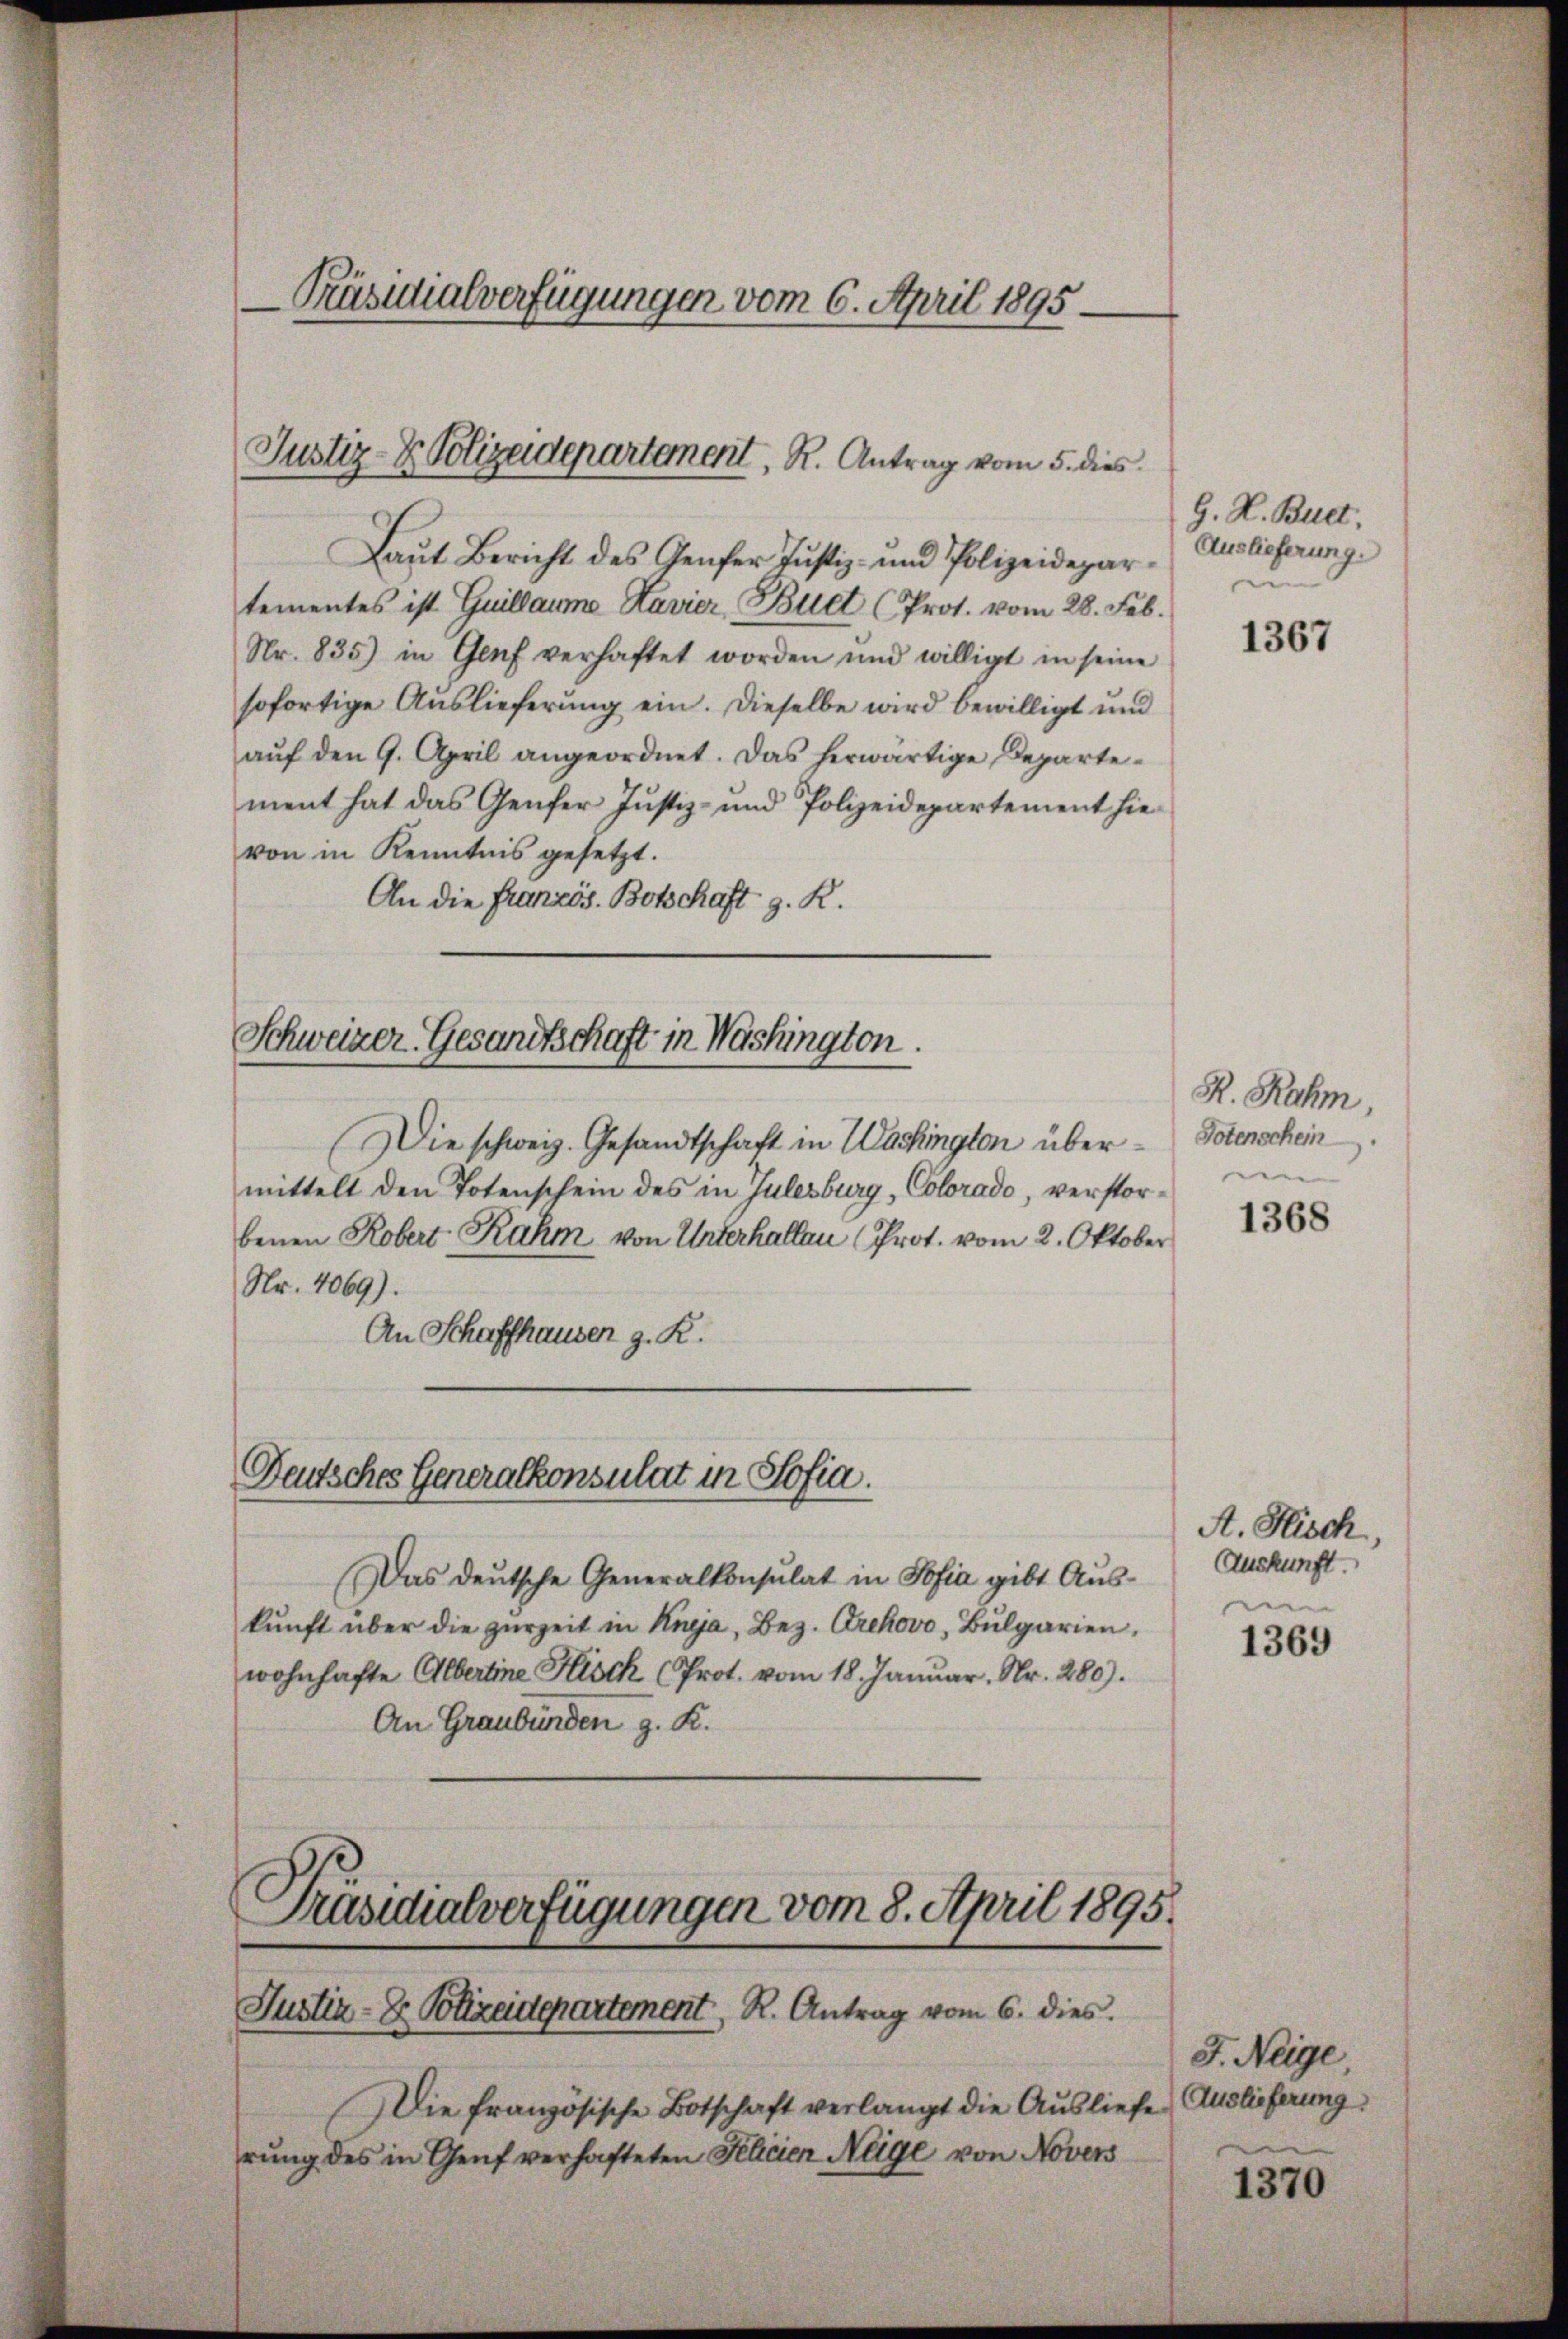
Präsidialverfügungen vom 6. April 1895.

Justiz- & Polizeidepartement. R. Antrag vom 5. dies

Laŭt Bericht des Genfer Justiz- und Polizeidepar-
tementes ist Guillaume Havier (Buet (Prot. vom 28. Feb.
Nr. 835) in Genf verhaftet worden und willigt in seine
sofortige Auslieferung ein. Dieselbe wird bewilligt und
aŭf den 9. April angeordnet. Das herwärtige Departement hat das Genfer Justiz- und Polizeidepartement hievon in Kenntnis gesetzt.
An die Französ. Botschaft g. R.

Schweizer-Gesandtschaft in Washington.

Deutsches Generalkonsulat in Sofia.

Die schweiz. Gesandtschaft in Washington übermittelt den Totenschein des in Julesburg, Colorado, verstorbenen Robert Rahm, von Unterhallen (Prot. vom 2. Oktober
Nr. 4069).
An Schaffhausen z. R.

Das deutsche Generalkonsulat in Sofia gibt Auskŭnft über die zurzeit in Knja, Bez. Grekovo, Bulgarien,
wohnhafte Albertine Hisch (Prot. vom 18. Januar. Nr. 280).
An Graubünden g. K.

Präsidialverfügungen vom 8. April 1895.
Justiz-Dr. Polizeidepartement, R. Antrag vom 6. dies

Die französische Botschaft verlangt die Ausliefe (Auslieferung
rŭng des in Genf verhafteten Felicien Neige von Novers

G. H. Bult,
Auslieferung.

1367

R. Rahm,
Potenschein
1368

A. Hisch,
Auskunft.

1369

J. Neige,

1370